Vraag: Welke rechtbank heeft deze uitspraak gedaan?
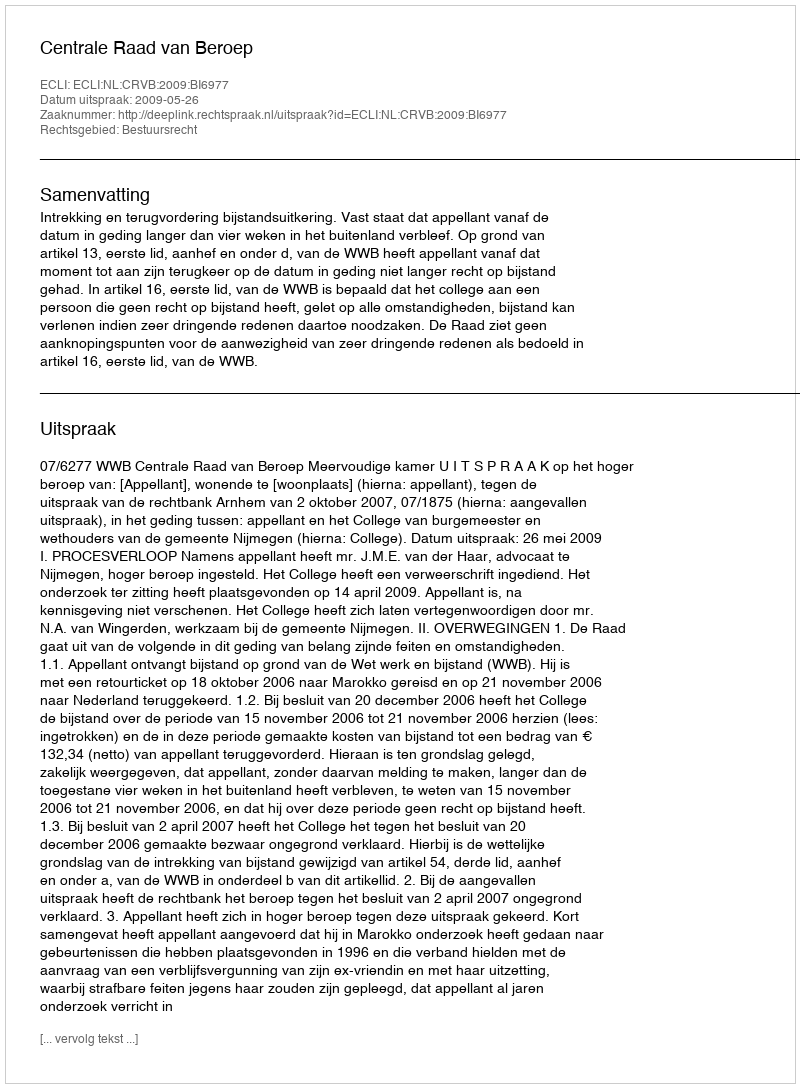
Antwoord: Centrale Raad van Beroep